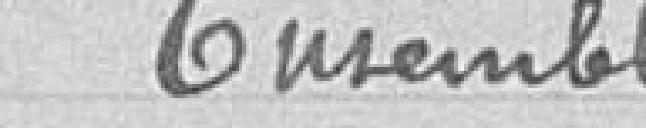
Ensemble